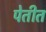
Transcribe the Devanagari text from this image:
पेतीत